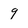
Character: q